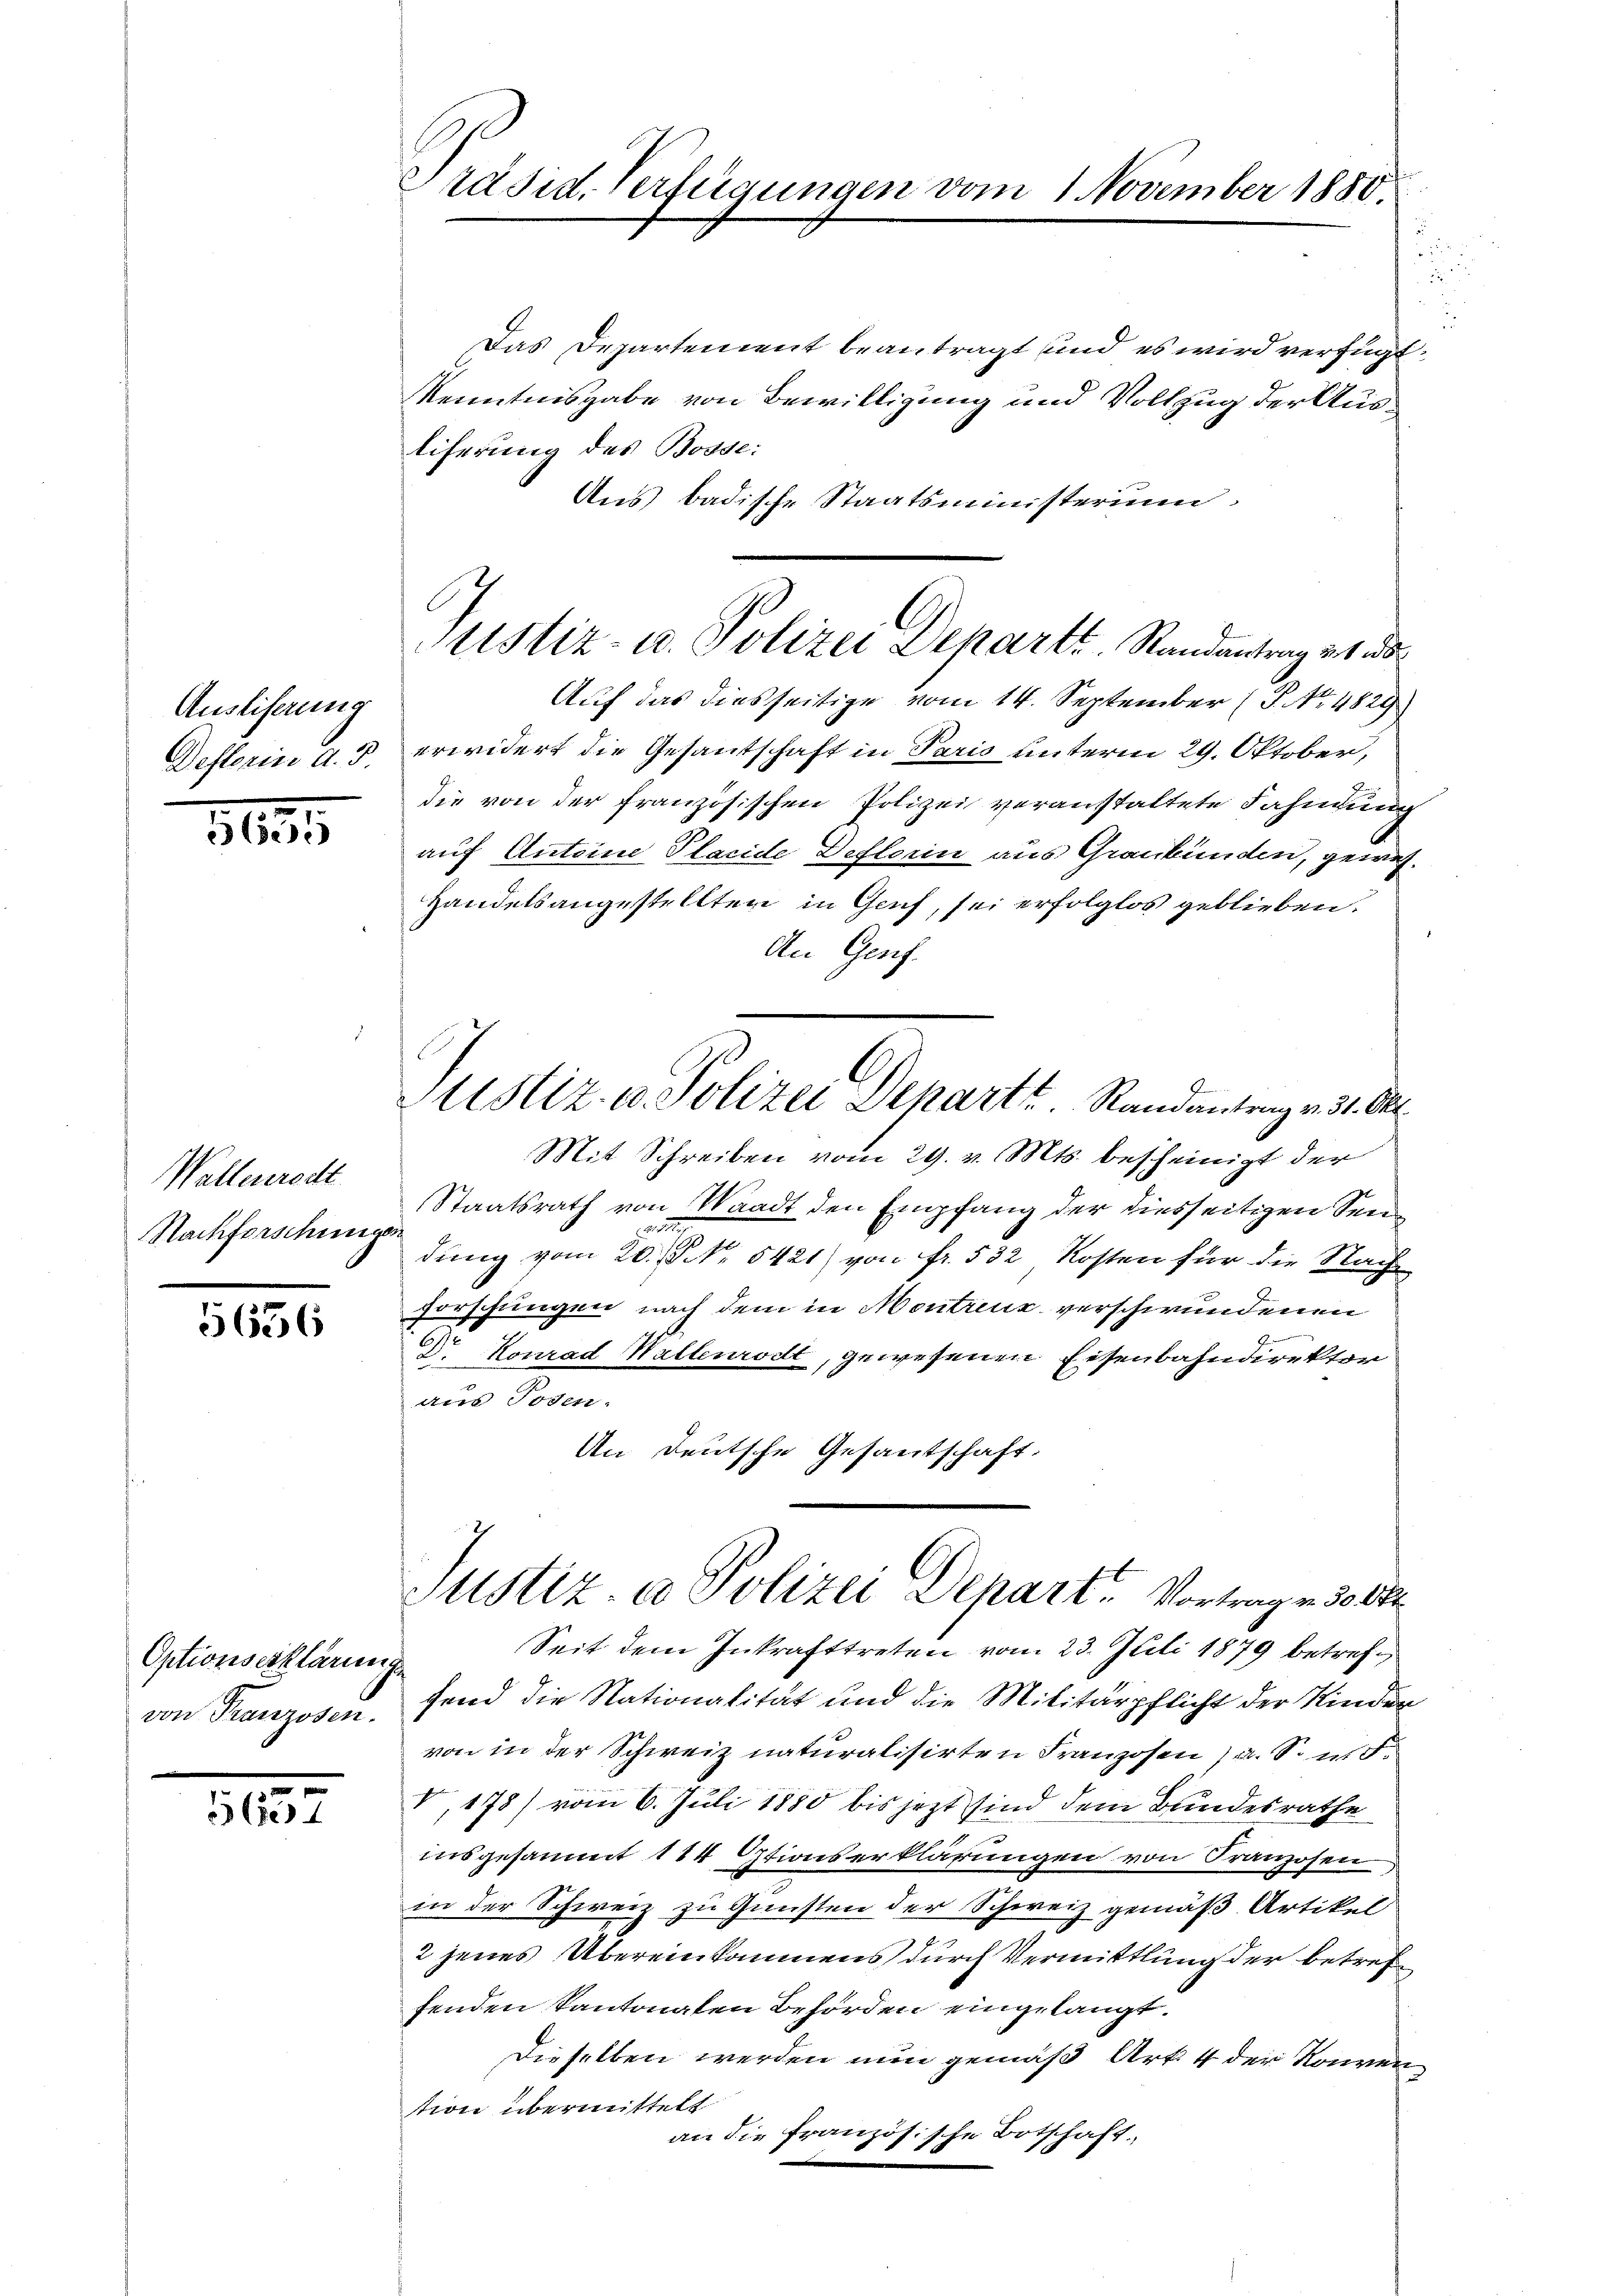
Ausliserung
Deflorin d. J.

3625

Wallenereitt
Nachforschung

5636

Optionserklärmige
von Franzosen.

5657

Präsid. Verfügungen.

Das Departement beantragt und es wird verfügt:
Kenntnisgabe von Bewilligung und Vollzug der Ausliferung des Bosse:
Aus badische Staatsministerium,
Auf das diesseitige vom 14. September (S. Nr. 4829
erwidert die Gesandtschaft in Paris unterm 29. Oktober,
die von der französischen Polizei veranstaltete Fahndung
auf Antoine Placide Deflerin aus Graubünden, gewis¬
Handelsangestellten in Genf, sei erfolglos geblieben.
An Genf.
Mit Schreiben vom 29. v. Mts. bescheinigt der
Staatsrath von Waadt den Empfang der diesseitigen Sen¬
21
10
dung vom 20. S. 5421) von fr. 532 Kosten für die Nach
forschungen nach dem in Montreuz verschwundenen
Dr Konrad Wallenrodt, gewesenen Eisenbahndirekton
am Toden.
An Deutsche Gesantschaft,
Justiz & Polizei Depart. Vortrage de der
Seit dem Inkrafttreten vom 23. Juli 1879 betreffend die Nationalität und die Militärpflicht der Kinden
von in der Schweiz naturalisirten Franzosen, a. S. n. F.
V, 178) vom 6. Juli 1880 bis jezt sind dem Bundesrathe
insgesammt 144 Otionserklärungen von Franzosen
in der Schweiz zu Gunsten der Schweiz gemäß Artikel
2 jenes Übereinkommens durch Vermittlung der betreffenden Kantonalen Behörden eingelangt.
Dieselben werden nun gemäß Art. 4 der Konvention übermittelt
an die Französische Botschaft.

ttstiz- u. Polizei Departe. Randantrag v. 1. d

Justiz- u. Polizei Dehart u. Randantrag v. 31. St

vom 1. November 1880.